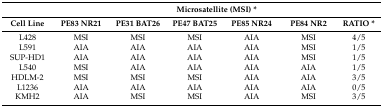
<table><thead><tr><td></td><td colspan="6"><b>Microsatellite (MSI) *</b></td></tr><tr><td><b>Cell Line</b></td><td><b>PE83 NR21</b></td><td><b>PE31 BAT26</b></td><td><b>PE47 BAT25</b></td><td><b>PE85 NR24</b></td><td><b>PE84 NR2</b></td><td><b>RATIO *</b></td></tr></thead><tbody><tr><td>L428</td><td>MSI</td><td>MSI</td><td>MSI</td><td>AIA</td><td>MSI</td><td>4/5</td></tr><tr><td>L591</td><td>AIA</td><td>AIA</td><td>AIA</td><td>AIA</td><td>MSI</td><td>1/5</td></tr><tr><td>SUP-HD1</td><td>AIA</td><td>AIA</td><td>AIA</td><td>AIA</td><td>MSI</td><td>1/5</td></tr><tr><td>L540</td><td>MSI</td><td>AIA</td><td>AIA</td><td>AIA</td><td>AIA</td><td>1/5</td></tr><tr><td>HDLM-2</td><td>MSI</td><td>MSI</td><td>MSI</td><td>AIA</td><td>AIA</td><td>3/5</td></tr><tr><td>L1236</td><td>AIA</td><td>AIA</td><td>AIA</td><td>AIA</td><td>AIA</td><td>0/5</td></tr><tr><td>KMH2</td><td>AIA</td><td>MSI</td><td>MSI</td><td>AIA</td><td>MSI</td><td>3/5</td></tr></tbody></table>